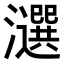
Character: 𤂿